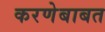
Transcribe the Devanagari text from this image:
करणेबाबत